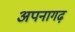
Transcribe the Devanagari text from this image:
अपनागढ़